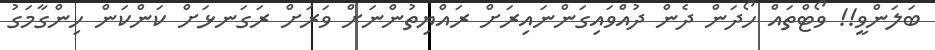
ބަލަންވީ!! ވޯޓްތައް ހޯދަން ދެން ދުއްވައިގަންނައިރަށް ރައްޔިތުންނަށް ވަރަށް ރަގަނޅަށް ކަންކަން ހިންގާމަގު